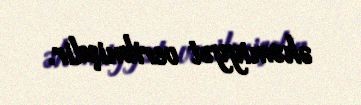
əhəmiyyət verilmişdir.